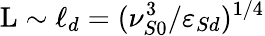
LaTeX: \mathrm{L}\sim\ell_{d}=(\nu_{S0}^{3}/\varepsilon_{Sd})^{1/4}